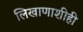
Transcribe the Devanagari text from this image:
लिखाणाशीही